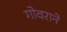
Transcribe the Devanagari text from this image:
गोवराने